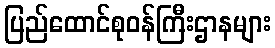
ပြည်ထောင်စုဝန်ကြီးဌာနများ